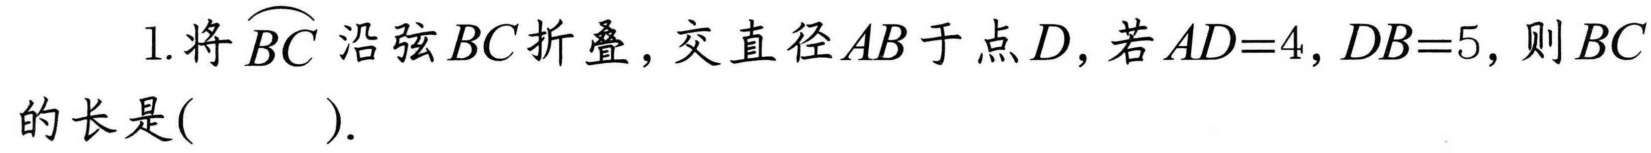
1. 将$\overset{\frown}{BC}$沿弦$BC$折叠，交直径$AB$于点$D$，若$AD = 4,DB = 5$，则$BC$的长是( ).